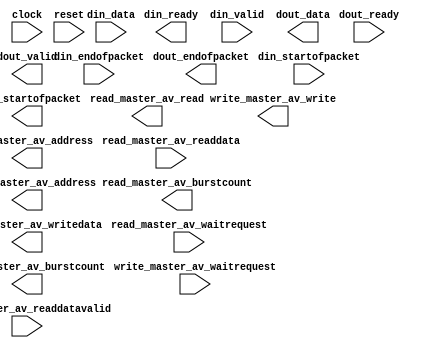
module gg (
	clock,
	reset,
	din_ready,
	din_valid,
	din_data,
	din_startofpacket,
	din_endofpacket,
	dout_ready,
	dout_valid,
	dout_data,
	dout_startofpacket,
	dout_endofpacket,
	read_master_av_address,
	read_master_av_read,
	read_master_av_waitrequest,
	read_master_av_readdatavalid,
	read_master_av_readdata,
	read_master_av_burstcount,
	write_master_av_address,
	write_master_av_write,
	write_master_av_writedata,
	write_master_av_waitrequest,
	write_master_av_burstcount,
	);
	input		clock;
	input		reset;
	output		din_ready;
	input		din_valid;
	input	[7:0]	din_data;
	input		din_startofpacket;
	input		din_endofpacket;
	input		dout_ready;
	output		dout_valid;
	output	[7:0]	dout_data;
	output		dout_startofpacket;
	output		dout_endofpacket;
	output	[31:0]	read_master_av_address;
	output		read_master_av_read;
	input		read_master_av_waitrequest;
	input		read_master_av_readdatavalid;
	input	[63:0]	read_master_av_readdata;
	output	[5:0]	read_master_av_burstcount;
	output	[31:0]	write_master_av_address;
	output		write_master_av_write;
	output	[63:0]	write_master_av_writedata;
	input		write_master_av_waitrequest;
	output	[5:0]	write_master_av_burstcount;
endmodule